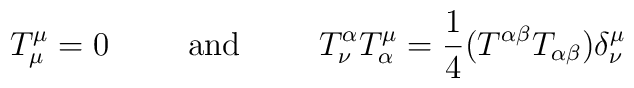
T^{\mu}_{\mu} =0 \hspace{1cm} \mbox{and} \hspace{1cm} T^{\alpha}_{\nu}T^{\mu}_{\alpha} = \frac{1}{4} (T^{\alpha \beta} T_{\alpha \beta}) \delta^{\mu}_{\nu}